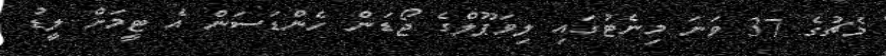
މެޗުގެ 37 ވަނަ މިނެޓުގައި ލިވަޕޫލްގެ ޖޯޑަން ހެންޑަސަން އެ ޓީމަށް ލީޑު